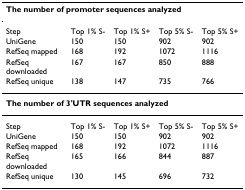
<table><thead><tr><td colspan="5"><b>The number of promoter sequences analyzed</b></td></tr></thead><tbody><tr><td>Step</td><td>Top 1% S-</td><td>Top 1% S+</td><td>Top 5% S-</td><td>Top 5% S+</td></tr><tr><td>UniGene</td><td>150</td><td>150</td><td>902</td><td>902</td></tr><tr><td>RefSeq mapped</td><td>168</td><td>192</td><td>1072</td><td>1116</td></tr><tr><td>RefSeq downloaded</td><td>167</td><td>167</td><td>850</td><td>888</td></tr><tr><td>RefSeq unique</td><td>138</td><td>147</td><td>735</td><td>766</td></tr><tr><td colspan="5"><b>The number of 3&#x27;UTR sequences analyzed</b></td></tr><tr><td>Step</td><td>Top 1% S-</td><td>Top 1% S+</td><td>Top 5% S-</td><td>Top 5% S+</td></tr><tr><td>UniGene</td><td>150</td><td>150</td><td>902</td><td>902</td></tr><tr><td>RefSeq mapped</td><td>168</td><td>192</td><td>1072</td><td>1116</td></tr><tr><td>RefSeq downloaded</td><td>165</td><td>166</td><td>844</td><td>887</td></tr><tr><td>RefSeq unique</td><td>130</td><td>145</td><td>696</td><td>732</td></tr></tbody></table>